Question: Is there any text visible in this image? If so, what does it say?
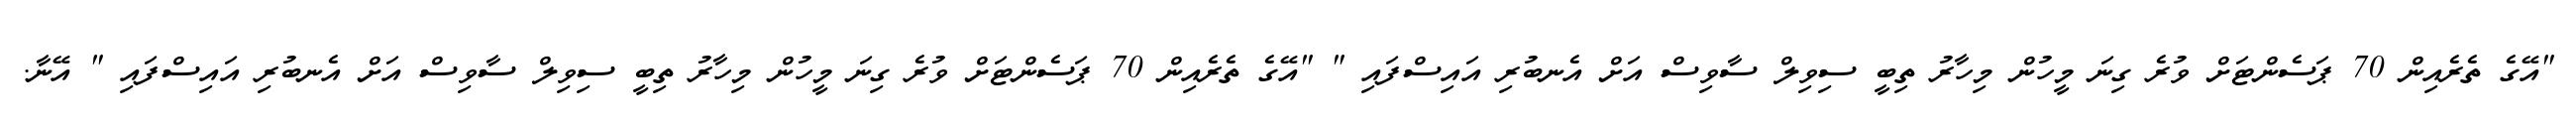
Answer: "އޭގެ ތެރެއިން 70 ޕަސެންޓަށް ވުރެ ގިނަ މީހުން މިހާރު ތިބީ ސިވިލް ސާވިސް އަށް އެނބުރި އައިސްފައި " "އޭގެ ތެރެއިން 70 ޕަސެންޓަށް ވުރެ ގިނަ މީހުން މިހާރު ތިބީ ސިވިލް ސާވިސް އަށް އެނބުރި އައިސްފައި " އޭނާ.